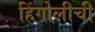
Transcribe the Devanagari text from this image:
हिंगोलीची